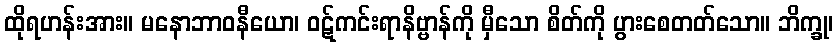
ထိုရဟန်းအား။ မနောဘာဝနီယော၊ ဝဋ်ကင်းရာနိဗ္ဗာန်ကို မှီသော စိတ်ကို ပွားစေတတ်သော။ ဘိက္ခု၊